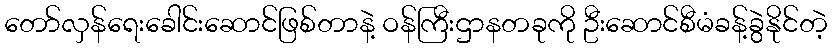
တော်လှန်ရေးခေါင်းဆောင်ဖြစ်တာနဲ့ ဝန်ကြီးဌာနတခုကို ဦးဆောင်စီမံခန့်ခွဲနိုင်တဲ့